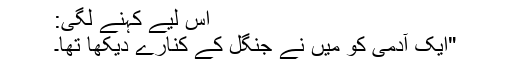
اس لیے کہنے لگی:
"ایک آدمی کو میں نے جنگل کے کنارے دیکھا تھا۔